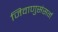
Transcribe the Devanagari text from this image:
जिवाणुसंसर्ग